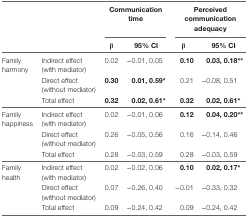
<table><thead><tr><td></td><td></td><td colspan="2"><b>Communication time</b></td><td colspan="2"><b>Perceived communication adequacy</b></td></tr><tr><td></td><td></td><td><b>β</b></td><td><b>95% CI</b></td><td><b>β</b></td><td><b>95% CI</b></td></tr></thead><tbody><tr><td>Family harmony</td><td>Indirect effect (with mediator)</td><td>0.02</td><td>−0.01, 0.05</td><td><b>0.10</b></td><td><b>0.03, 0.18**</b></td></tr><tr><td></td><td>Direct effect (without mediator)</td><td><b>0.30</b></td><td><b>0.01, 0.59*</b></td><td>0.21</td><td>−0.08, 0.51</td></tr><tr><td></td><td>Total effect</td><td><b>0.32</b></td><td><b>0.02, 0.61*</b></td><td><b>0.32</b></td><td><b>0.02, 0.61*</b></td></tr><tr><td>Family happiness</td><td>Indirect effect (with mediator)</td><td>0.02</td><td>−0.01, 0.06</td><td><b>0.12</b></td><td><b>0.04, 0.20**</b></td></tr><tr><td></td><td>Direct effect (without mediator)</td><td>0.26</td><td>−0.05, 0.56</td><td>0.16</td><td>−0.14, 0.46</td></tr><tr><td></td><td>Total effect</td><td>0.28</td><td>−0.03, 0.59</td><td>0.28</td><td>−0.03, 0.59</td></tr><tr><td>Family health</td><td>Indirect effect (with mediator)</td><td>0.02</td><td>−0.02, 0.06</td><td><b>0.10</b></td><td><b>0.02, 0.17*</b></td></tr><tr><td></td><td>Direct effect (without mediator)</td><td>0.07</td><td>−0.26, 0.40</td><td>−0.01</td><td>−0.33, 0.32</td></tr><tr><td></td><td>Total effect</td><td>0.09</td><td>−0.24, 0.42</td><td>0.09</td><td>−0.24, 0.42</td></tr></tbody></table>